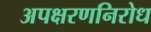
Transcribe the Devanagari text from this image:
अपक्षरणनिरोध